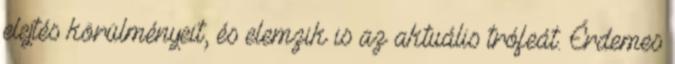
elejtés körülményeit, és elemzik is az aktuális trófeát. Érdemes